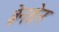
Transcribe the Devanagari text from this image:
ब्रेनथ्रेन